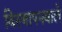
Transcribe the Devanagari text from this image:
विस्थापनवाले